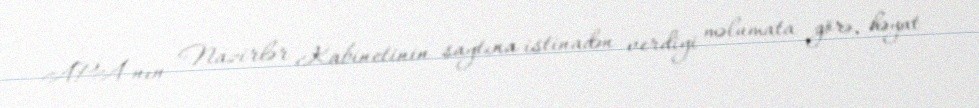
APA-nın Nazirlər Kabinetinin saytına istinadən verdiyi məlumata görə, həyat